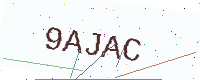
Text: 9AJAC